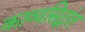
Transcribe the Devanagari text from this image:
काव्यसिद्धांत